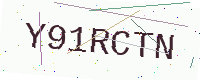
Text: Y91RCTN